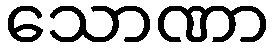
သောဏာ